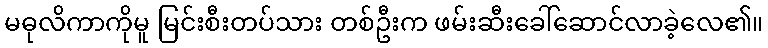
မဓုလိကာကိုမူ မြင်းစီးတပ်သား တစ်ဦးက ဖမ်းဆီးခေါ်ဆောင်လာခဲ့လေ၏။